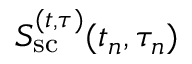
S _ { \mathrm { s c } } ^ { ( t , \tau ) } ( t _ { n } , \tau _ { n } )